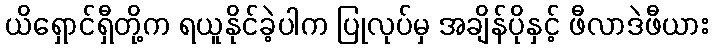
ယိရှောင်ရှီတို့က ရယူနိုင်ခဲ့ပါက ပြုလုပ်မှ အချိန်ပိုနှင့် ဖီလာဒဲဖီယား